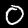
Digit: 0